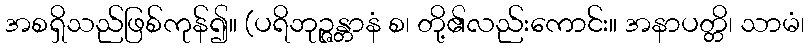
အစရှိသည်ဖြစ်ကုန်၍။ (ပရိဘုဉ္ဇန္တာနံ စ၊ တို့၏လည်းကောင်း။ အနာပတ္တိ၊ သာမံ၊